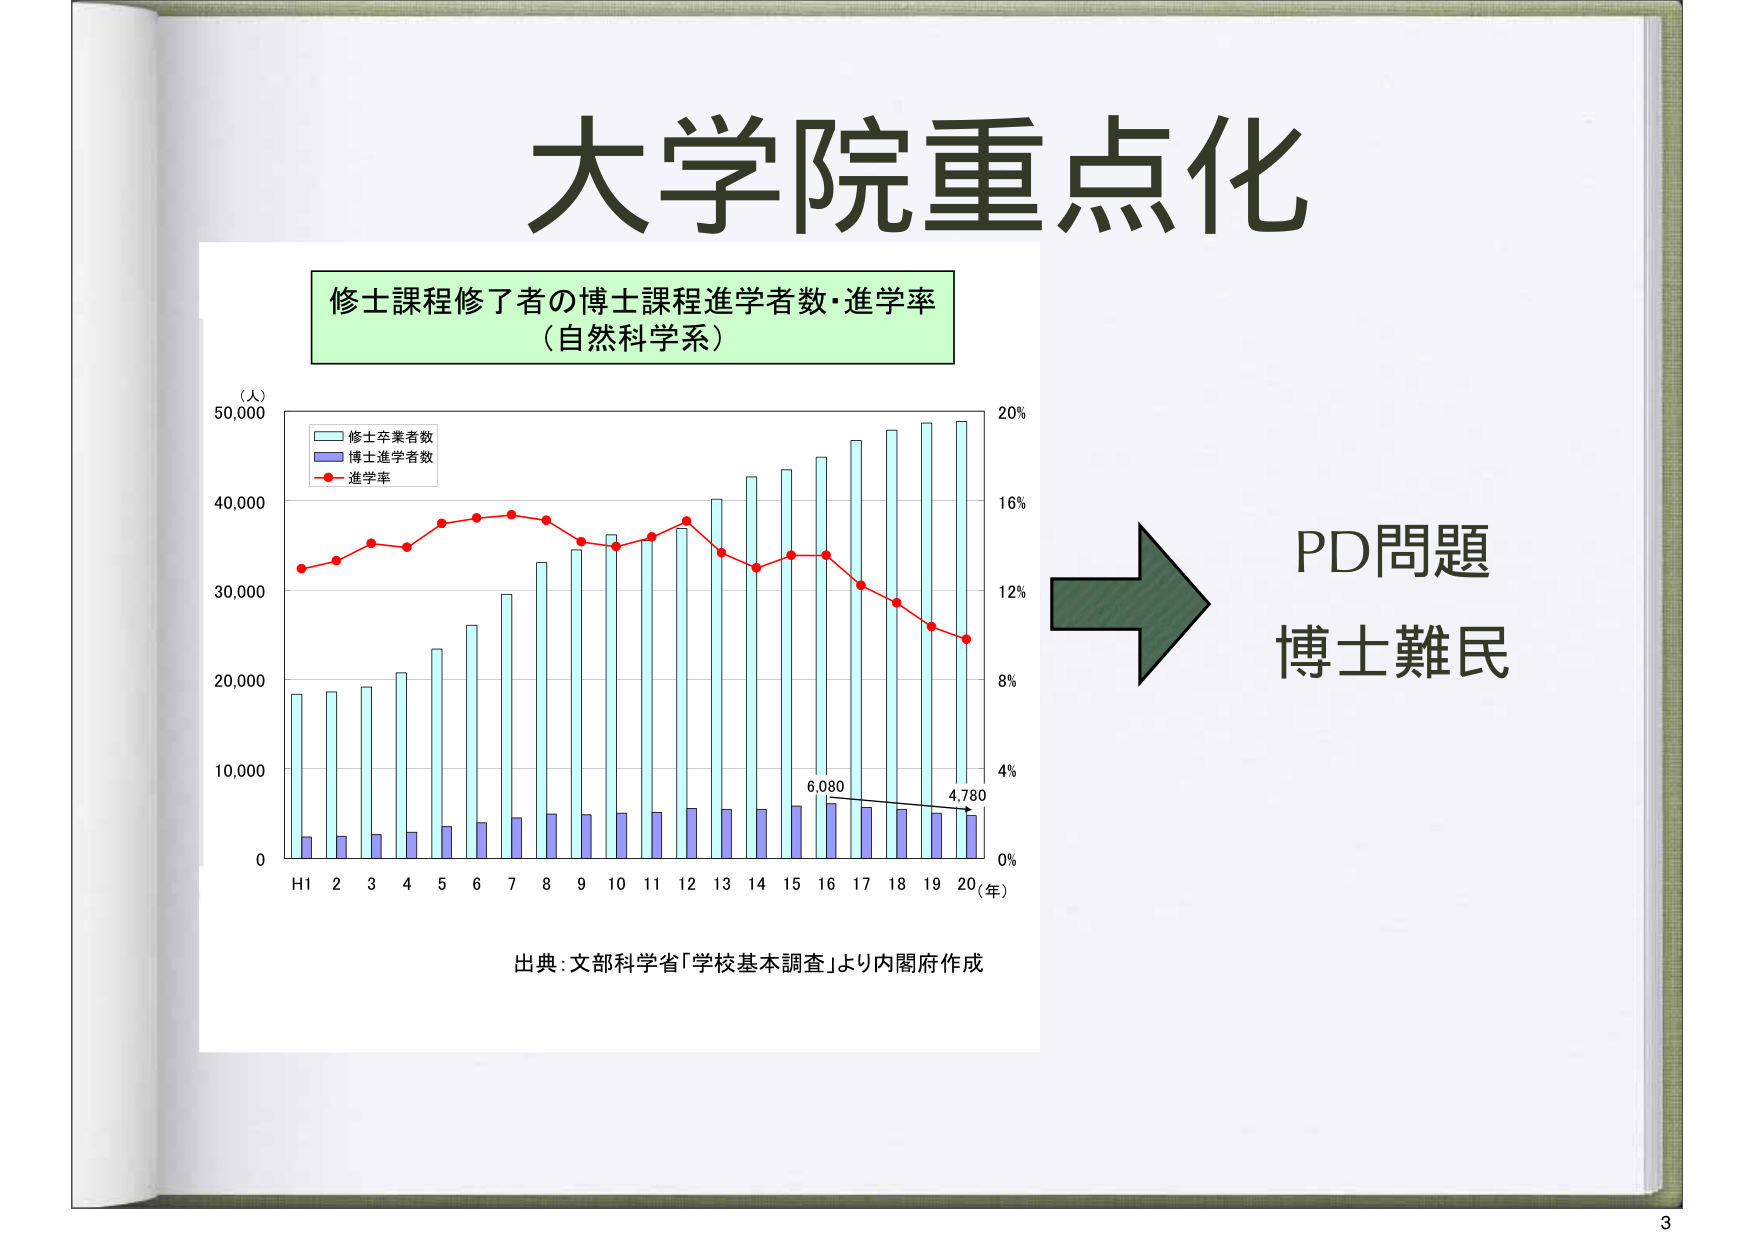
大学院重点化

修士課程修了者の博士課程進学者数・進学率
（自然科学系）

（人）
50,000
40,000
30,000
20,000
10,000
0

修士卒業者数
博士進学者数
進学率

H1 2 3 4 5 6 7 8 9 10 11 12 13 14 15 16 17 18 19 20（年）

6,080
4,780

20%
16%
12%
8%
4%
0%

出典：文部科学省「学校基本調査」より内閣府作成

→
PD問題
博士難民

3